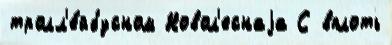
тролл'е́йбусном Новол'еснаjа С вплоть